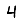
Digit: 4